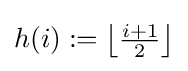
h(i):=\left\lfloor {\tfrac {i+1}{2}}\right\rfloor